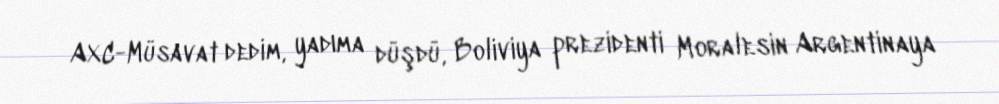
AXC-Müsavat dedim, yadıma düşdü, Boliviya prezidenti Moralesin Argentinaya